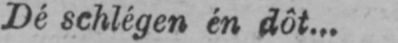
Dé schlégen én dôt...